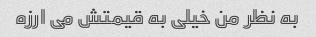
به نظر من خیلی به قیمتش می ارزه